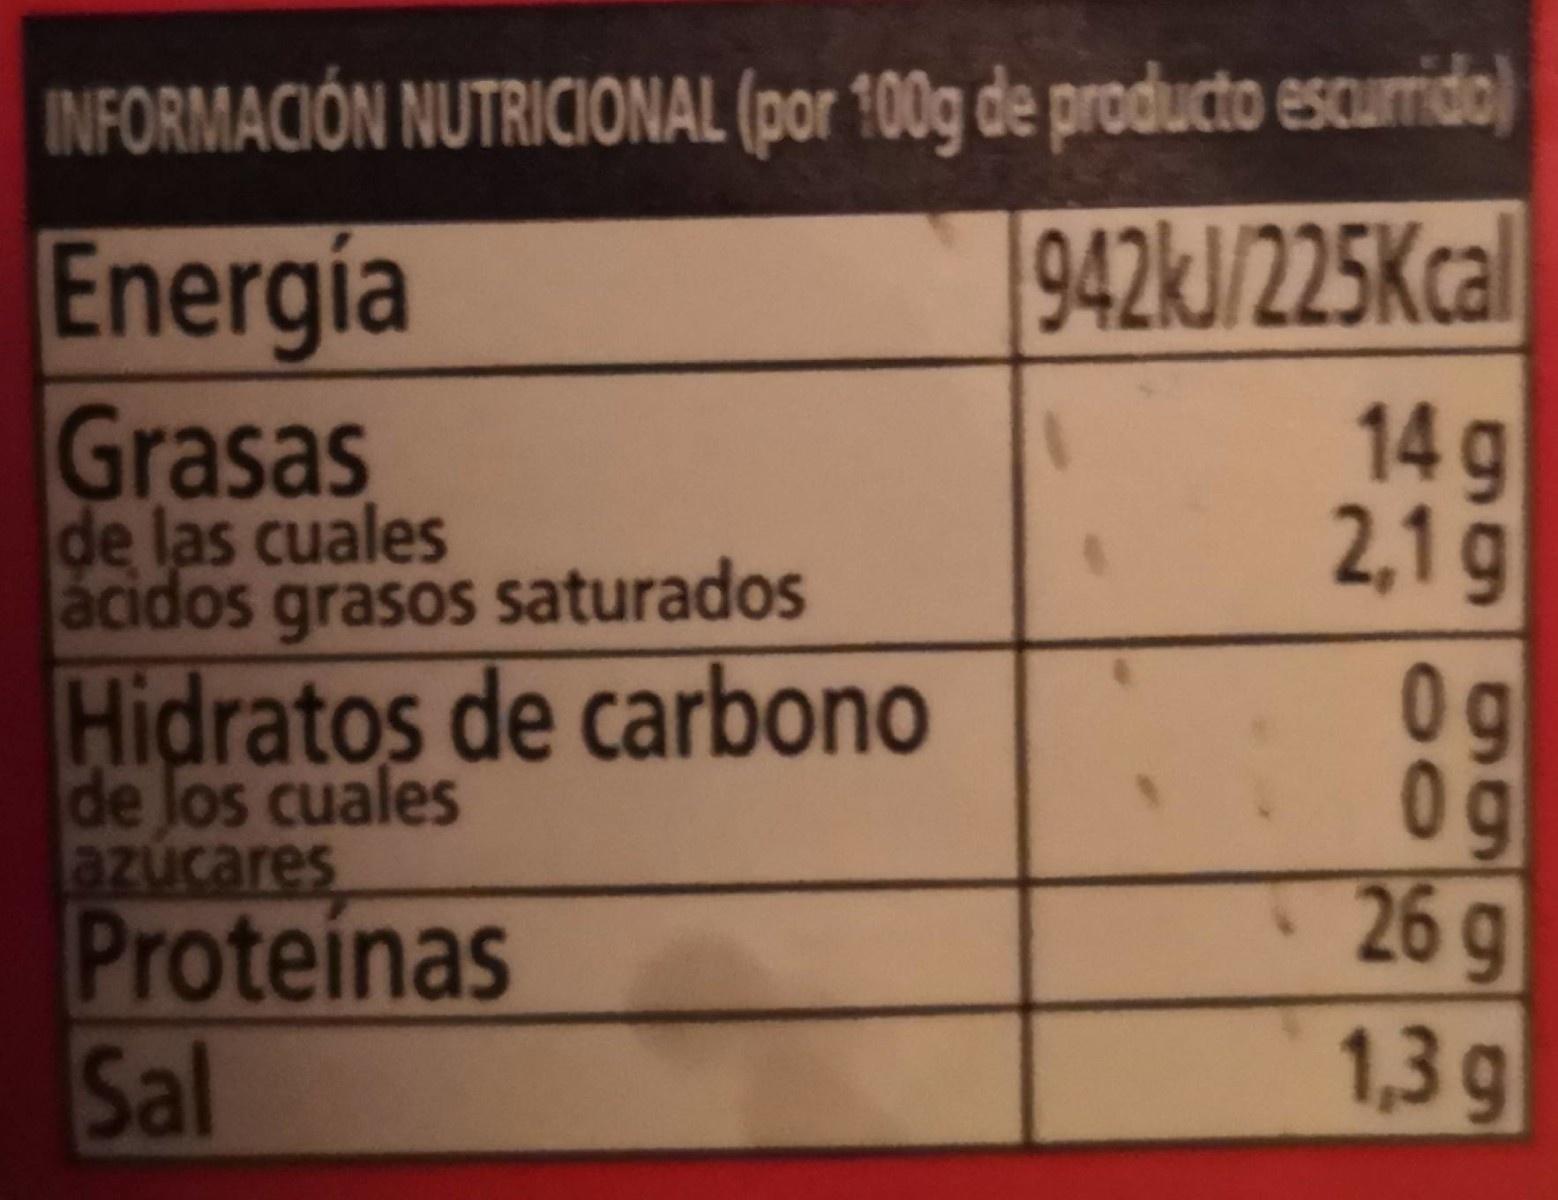
INFORMACIÓN NUTRICIONAL (por 100g de producto escurrido) 942KJ/225Kcal 14g 2,1 g Energía Grasas de las cuales ácidos grasos saturados Hidratos de carbono de Jos cuales azúcares 0g 0g 26g Proteínas Sal 1,3 g